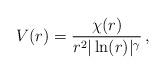
LaTeX: \begin{align*}V(r) = \frac{\chi(r)}{r^2|\ln(r)|^{\gamma}}\,,\end{align*}